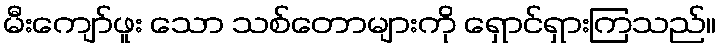
မီးကျော်ဖူး သော သစ်တောများကို ရှောင်ရှားကြသည်။